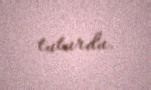
tuturdu.